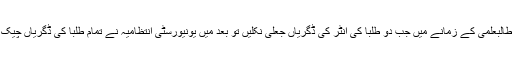
ہماری طالبعلمی کے زمانے میں جب دو طلبا کی انٹر کی ڈگریاں جعلی نکلیں تو بعد میں یونیورسٹی انتظامیہ نے تمام طلبا کی ڈگریاں چیک کرائیں۔